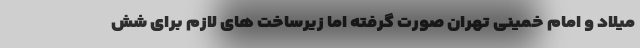
میلاد و امام خمینی تهران صورت گرفته اما زیرساخت های لازم برای شش